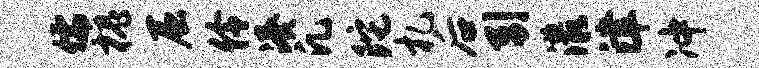
儒槐屈伶凑凡陀札后引漾津冲